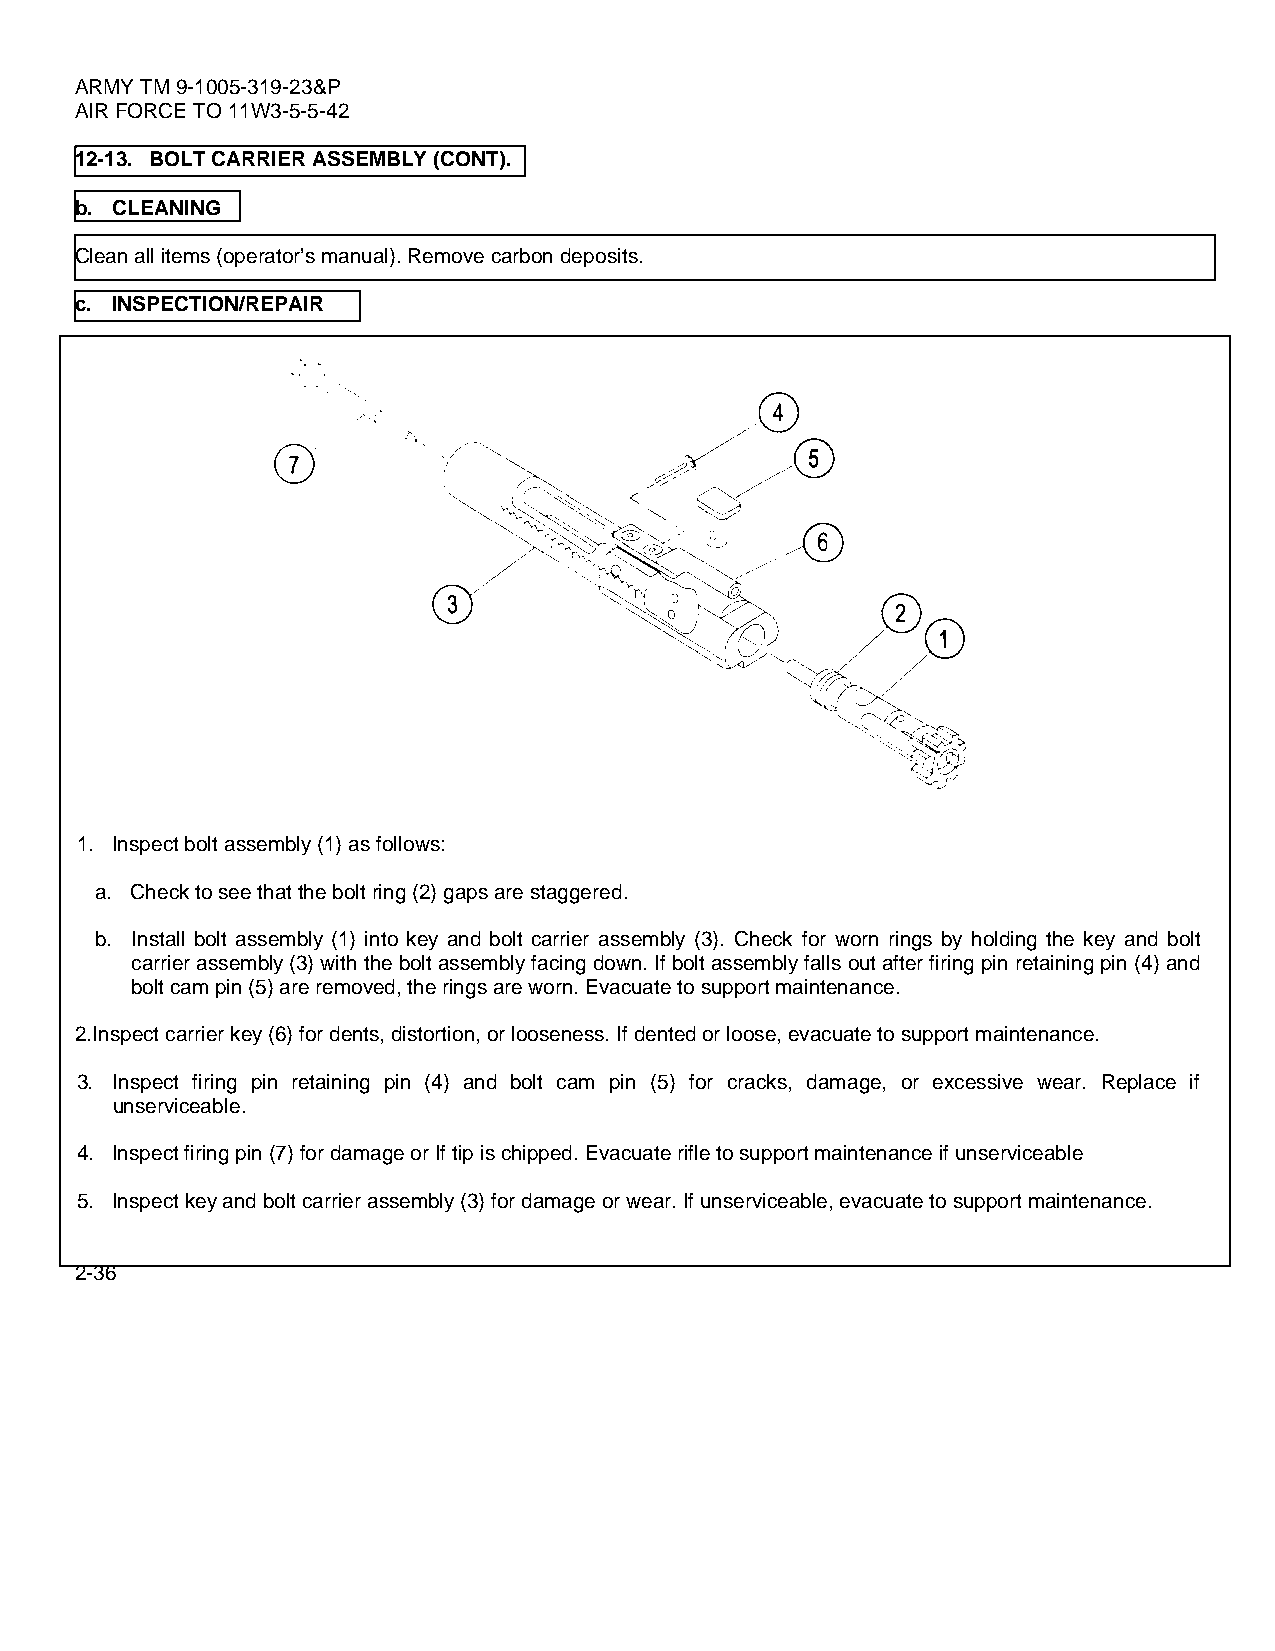
ARMY TM 9-1005-319-23&P
 AIR FORCE TO 11W3-5-5-42
 12-13. BOLT CARRIER ASSEMBLY (CONT).
 b. CLEANING
 Clean all items (operator’s manual). Remove carbon deposits.
 c. INSPECTION/REPAIR
 1. Inspect bolt assembly (1) as follows:
 a. Check to see that the bolt ring (2) gaps are staggered.
 b. Install bolt assembly (1) into key and bolt carrier assembly (3). Check for worn rings by holding the key and bolt
 carrier assembly (3) with the bolt assembly facing down. If bolt assembly falls out after firing pin retaining pin (4) and
 bolt cam pin (5) are removed, the rings are worn. Evacuate to support maintenance.
 2.Inspect carrier key (6) for dents, distortion, or looseness. If dented or loose, evacuate to support maintenance.
 3. Inspect firing pin retaining pin (4) and bolt cam pin (5) for cracks, damage, or excessive wear. Replace if
 unserviceable.
 4. Inspect firing pin (7) for damage or If tip is chipped. Evacuate rifle to support maintenance if unserviceable
 5. Inspect key and bolt carrier assembly (3) for damage or wear. If unserviceable, evacuate to support maintenance.
 2-36